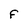
Character: F